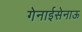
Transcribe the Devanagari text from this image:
गेनाईसेनाऊ